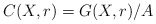
\begin{align*}C(X,r)=G(X,r)/A\end{align*}